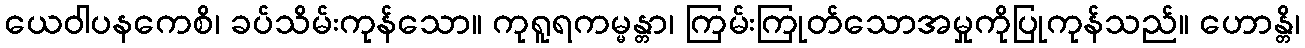
ယေဝါပနကေစိ၊ ခပ်သိမ်းကုန်သော။ ကုရူရကမ္မန္တာ၊ ကြမ်းကြုတ်သောအမှုကိုပြုကုန်သည်။ ဟောန္တိ၊